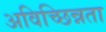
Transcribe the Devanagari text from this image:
अविच्छिन्नता